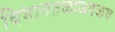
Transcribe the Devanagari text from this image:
विमानतळाजवळच